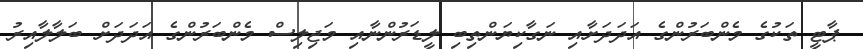
ޕާޓީ ތަކުގެ މެންބަރުންގެ އަދަދަށާއި ނަގާކިޔަންތިބި ލީޑަރުންނާއި މަޖިލިސް މެންބަރުންގެ އަދަދަށް ބަލާލާއިރު